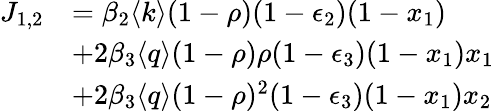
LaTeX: \begin{array}{rl}{J_{1,2}}&{=\beta_{2}\langle k\rangle(1-\rho)(1-\epsilon_{2})(1-x_{1})}\\ &{+2\beta_{3}\langle q\rangle(1-\rho)\rho(1-\epsilon_{3})(1-x_{1})x_{1}}\\ &{+2\beta_{3}\langle q\rangle(1-\rho)^{2}(1-\epsilon_{3})(1-x_{1})x_{2}}\end{array}